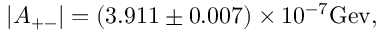
| A _ { + - } | = ( 3 . 9 1 1 \pm 0 . 0 0 7 ) \times 1 0 ^ { - 7 } \mathrm { G e v } ,